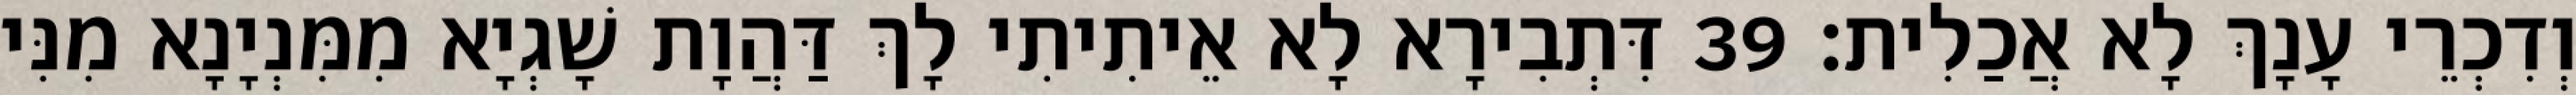
וְדִכְרֵי עָנָךְ לָא אֲכַלִית׃ 39 דִּתְבִירָא לָא אֵיתִיתִי לָךְ דַּהֲוָת שָׁגְיָא מִמִּנְיָנָא מִנִּי